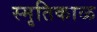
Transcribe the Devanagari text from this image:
स्मृतिकाळ